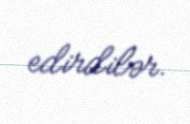
edirdilər.